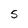
Character: S